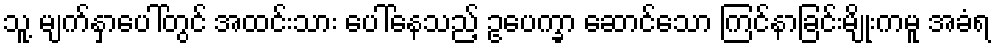
သူ့ မျက်နှာပေါ်တွင် အထင်းသား ပေါ်နေသည့် ဥပေက္ခာ ဆောင်သော ကြင်နာခြင်းမျိုးကမူ အခံရ